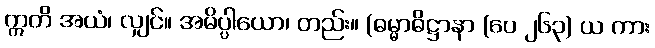
ဣတိ အယံ၊ လျှင်။ အဓိပ္ပါယော၊ တည်း။ (ဓမ္မာဓိဋ္ဌာနာ (ပေ ၂၆၃) ယ ကား